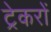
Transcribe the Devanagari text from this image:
ट्रेकरों